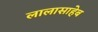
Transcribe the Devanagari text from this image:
लालासाहेब